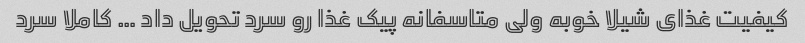
کیفیت غذای شیلا خوبه ولی متاسفانه پیک غذا رو سرد تحویل داد … کاملا سرد